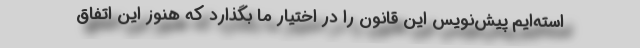
استه‌ایم پیش‌نویس این قانون را در اختیار ما بگذارد که هنوز این اتفاق